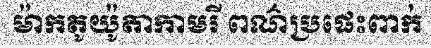
ម៉ាកតូយ៉ូតាកាមរី ពណ៌ប្រផេះពាក់